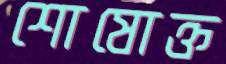
শোষোক্ত